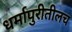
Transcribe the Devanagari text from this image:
धर्मापुरीतीलच